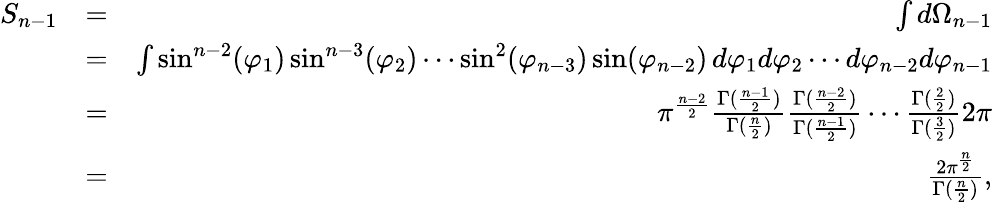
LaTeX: \begin{array}{rlr}{S_{n-1}}&{=}&{\int d\Omega_{n-1}}\\ &{=}&{\int\sin^{n-2}(\varphi_{1})\sin^{n-3}(\varphi_{2})\cdots\sin^{2}(\varphi_{n-3})\sin(\varphi_{n-2})\, d\varphi_{1}d\varphi_{2}\cdots d\varphi_{n-2}d\varphi_{n-1}}\\ &{=}&{\pi^{\frac{n-2}{2}}\frac{\Gamma(\frac{n-1}{2})}{\Gamma(\frac{n}{2})}\frac{\Gamma(\frac{n-2}{2})}{\Gamma(\frac{n-1}{2})}\cdots\frac{\Gamma(\frac{2}{2})}{\Gamma(\frac{3}{2})}2\pi}\\ &{=}&{\frac{2\pi^{\frac{n}{2}}}{\Gamma(\frac{n}{2})},}\end{array}